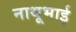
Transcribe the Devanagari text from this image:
नाथूभाई